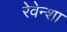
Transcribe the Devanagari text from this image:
रेवेन्शा